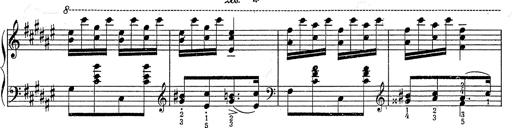
Title: Hungarian Rhapsody No.2
Composer: Franz Liszt
Key: C-sharp minor